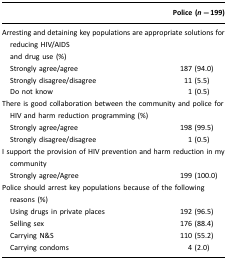
<table><thead><tr><td></td><td><b>Police (<i>n=</i>199)</b></td></tr></thead><tbody><tr><td colspan="2">Arresting and detaining key populations are appropriate solutions for reducing HIV/AIDS and drug use (%)</td></tr><tr><td> Strongly agree/agree</td><td>187 (94.0)</td></tr><tr><td> Strongly disagree/disagree</td><td>11 (5.5)</td></tr><tr><td> Do not know</td><td>1 (0.5)</td></tr><tr><td colspan="2">There is good collaboration between the community and police for HIV and harm reduction programming (%)</td></tr><tr><td> Strongly agree/agree</td><td>198 (99.5)</td></tr><tr><td> Strongly disagree/disagree</td><td>1 (0.5)</td></tr><tr><td colspan="2">I support the provision of HIV prevention and harm reduction in my community</td></tr><tr><td> Strongly agree/Agree</td><td>199 (100.0)</td></tr><tr><td colspan="2">Police should arrest key populations because of the following reasons (%)</td></tr><tr><td> Using drugs in private places</td><td>192 (96.5)</td></tr><tr><td> Selling sex</td><td>176 (88.4)</td></tr><tr><td> Carrying N&amp;S</td><td>110 (55.2)</td></tr><tr><td> Carrying condoms</td><td>4 (2.0)</td></tr></tbody></table>